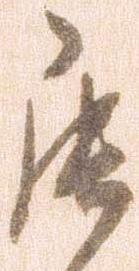
罷